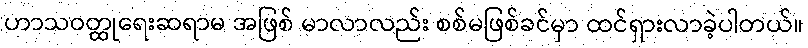
ဟာသဝတ္ထုရေးဆရာမ အဖြစ် မာလာလည်း စစ်မဖြစ်ခင်မှာ ထင်ရှားလာခဲ့ပါတယ်။